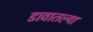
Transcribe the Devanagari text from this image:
डावातल्या